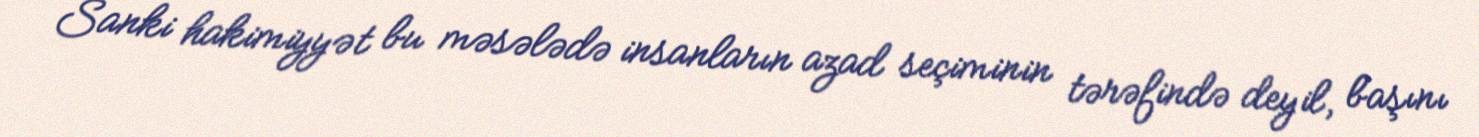
Sanki hakimiyyət bu məsələdə insanların azad seçiminin tərəfində deyil, başını